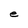
Character: e